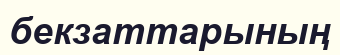
бекзаттарының